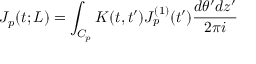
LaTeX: J _ { p } ( t ; L ) = \int _ { C _ { p } } K ( t , t ^ { \prime } ) J _ { p } ^ { ( 1 ) } ( t ^ { \prime } ) \frac { d \theta ^ { \prime } d z ^ { \prime } } { 2 \pi i }